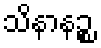
သိနာနဉ္စ